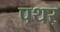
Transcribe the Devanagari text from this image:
पथर्